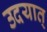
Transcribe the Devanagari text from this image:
उदयात्‌